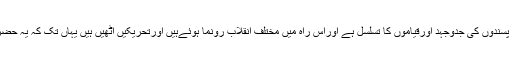
امام حسین علیہ السلام کی خونی تحریک، انبیاء اورتمام حق پسندوں کی جدوجہد اورقیاموں کا تسلسل ہے اوراس راہ میں مختلف انقلاب رونما ہوئےہیں اورتحریکیں اٹھیں ہیں یہاں تک کہ یہ حضرت امام مہدی علیہ السلام کےعالمی انقلاب پرختم ہوجائے۔